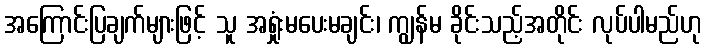
အကြောင်းပြချက်များဖြင့် သူ အရှုံးမပေးမချင်း၊ ကျွန်မ ခိုင်းသည့်အတိုင်း လုပ်ပါမည်ဟု